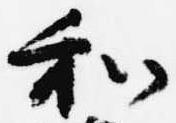
和